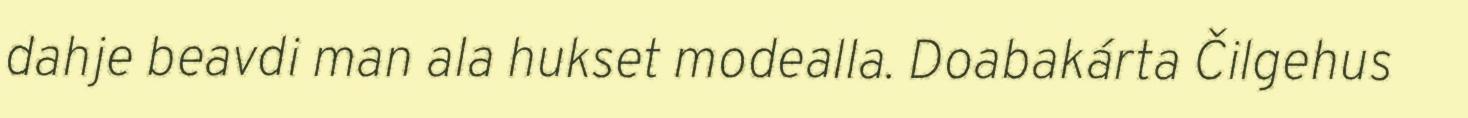
dahje beavdi man ala hukset modealla. Doabakárta Čilgehus